Indian journal of veterinary science and animal husbandry - Volume 3,
Year: 1933
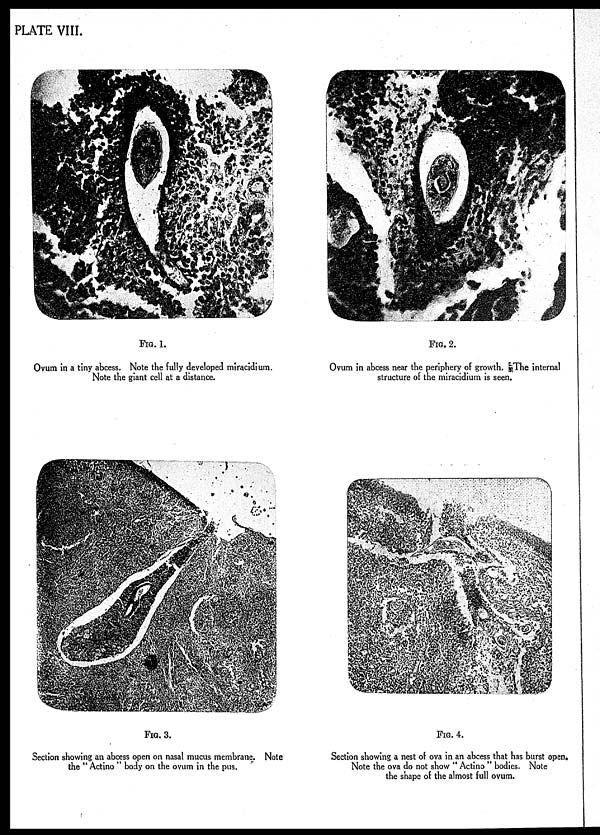
PLATE VIII.
FIG.1.
Ovum in a tiny abcess. Note the fully developed miracidium.
Note the giant cell at a distance.
FIG. 2.
Ovum in abcess near the periphery of growth. The internal
structure of the miracidium is seen.
FIG. 3.
Section showing an abcess open on nasal mucus membrane. Note
the " Actino " body on the ovum in the pus.
FIG. 4.
Section showing a nest of ova in an abcess that has burst open.
Note the ova do not show " Actino " bodies. Note
the shape of the almost full ovum.